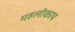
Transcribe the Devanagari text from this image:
महलोकाय